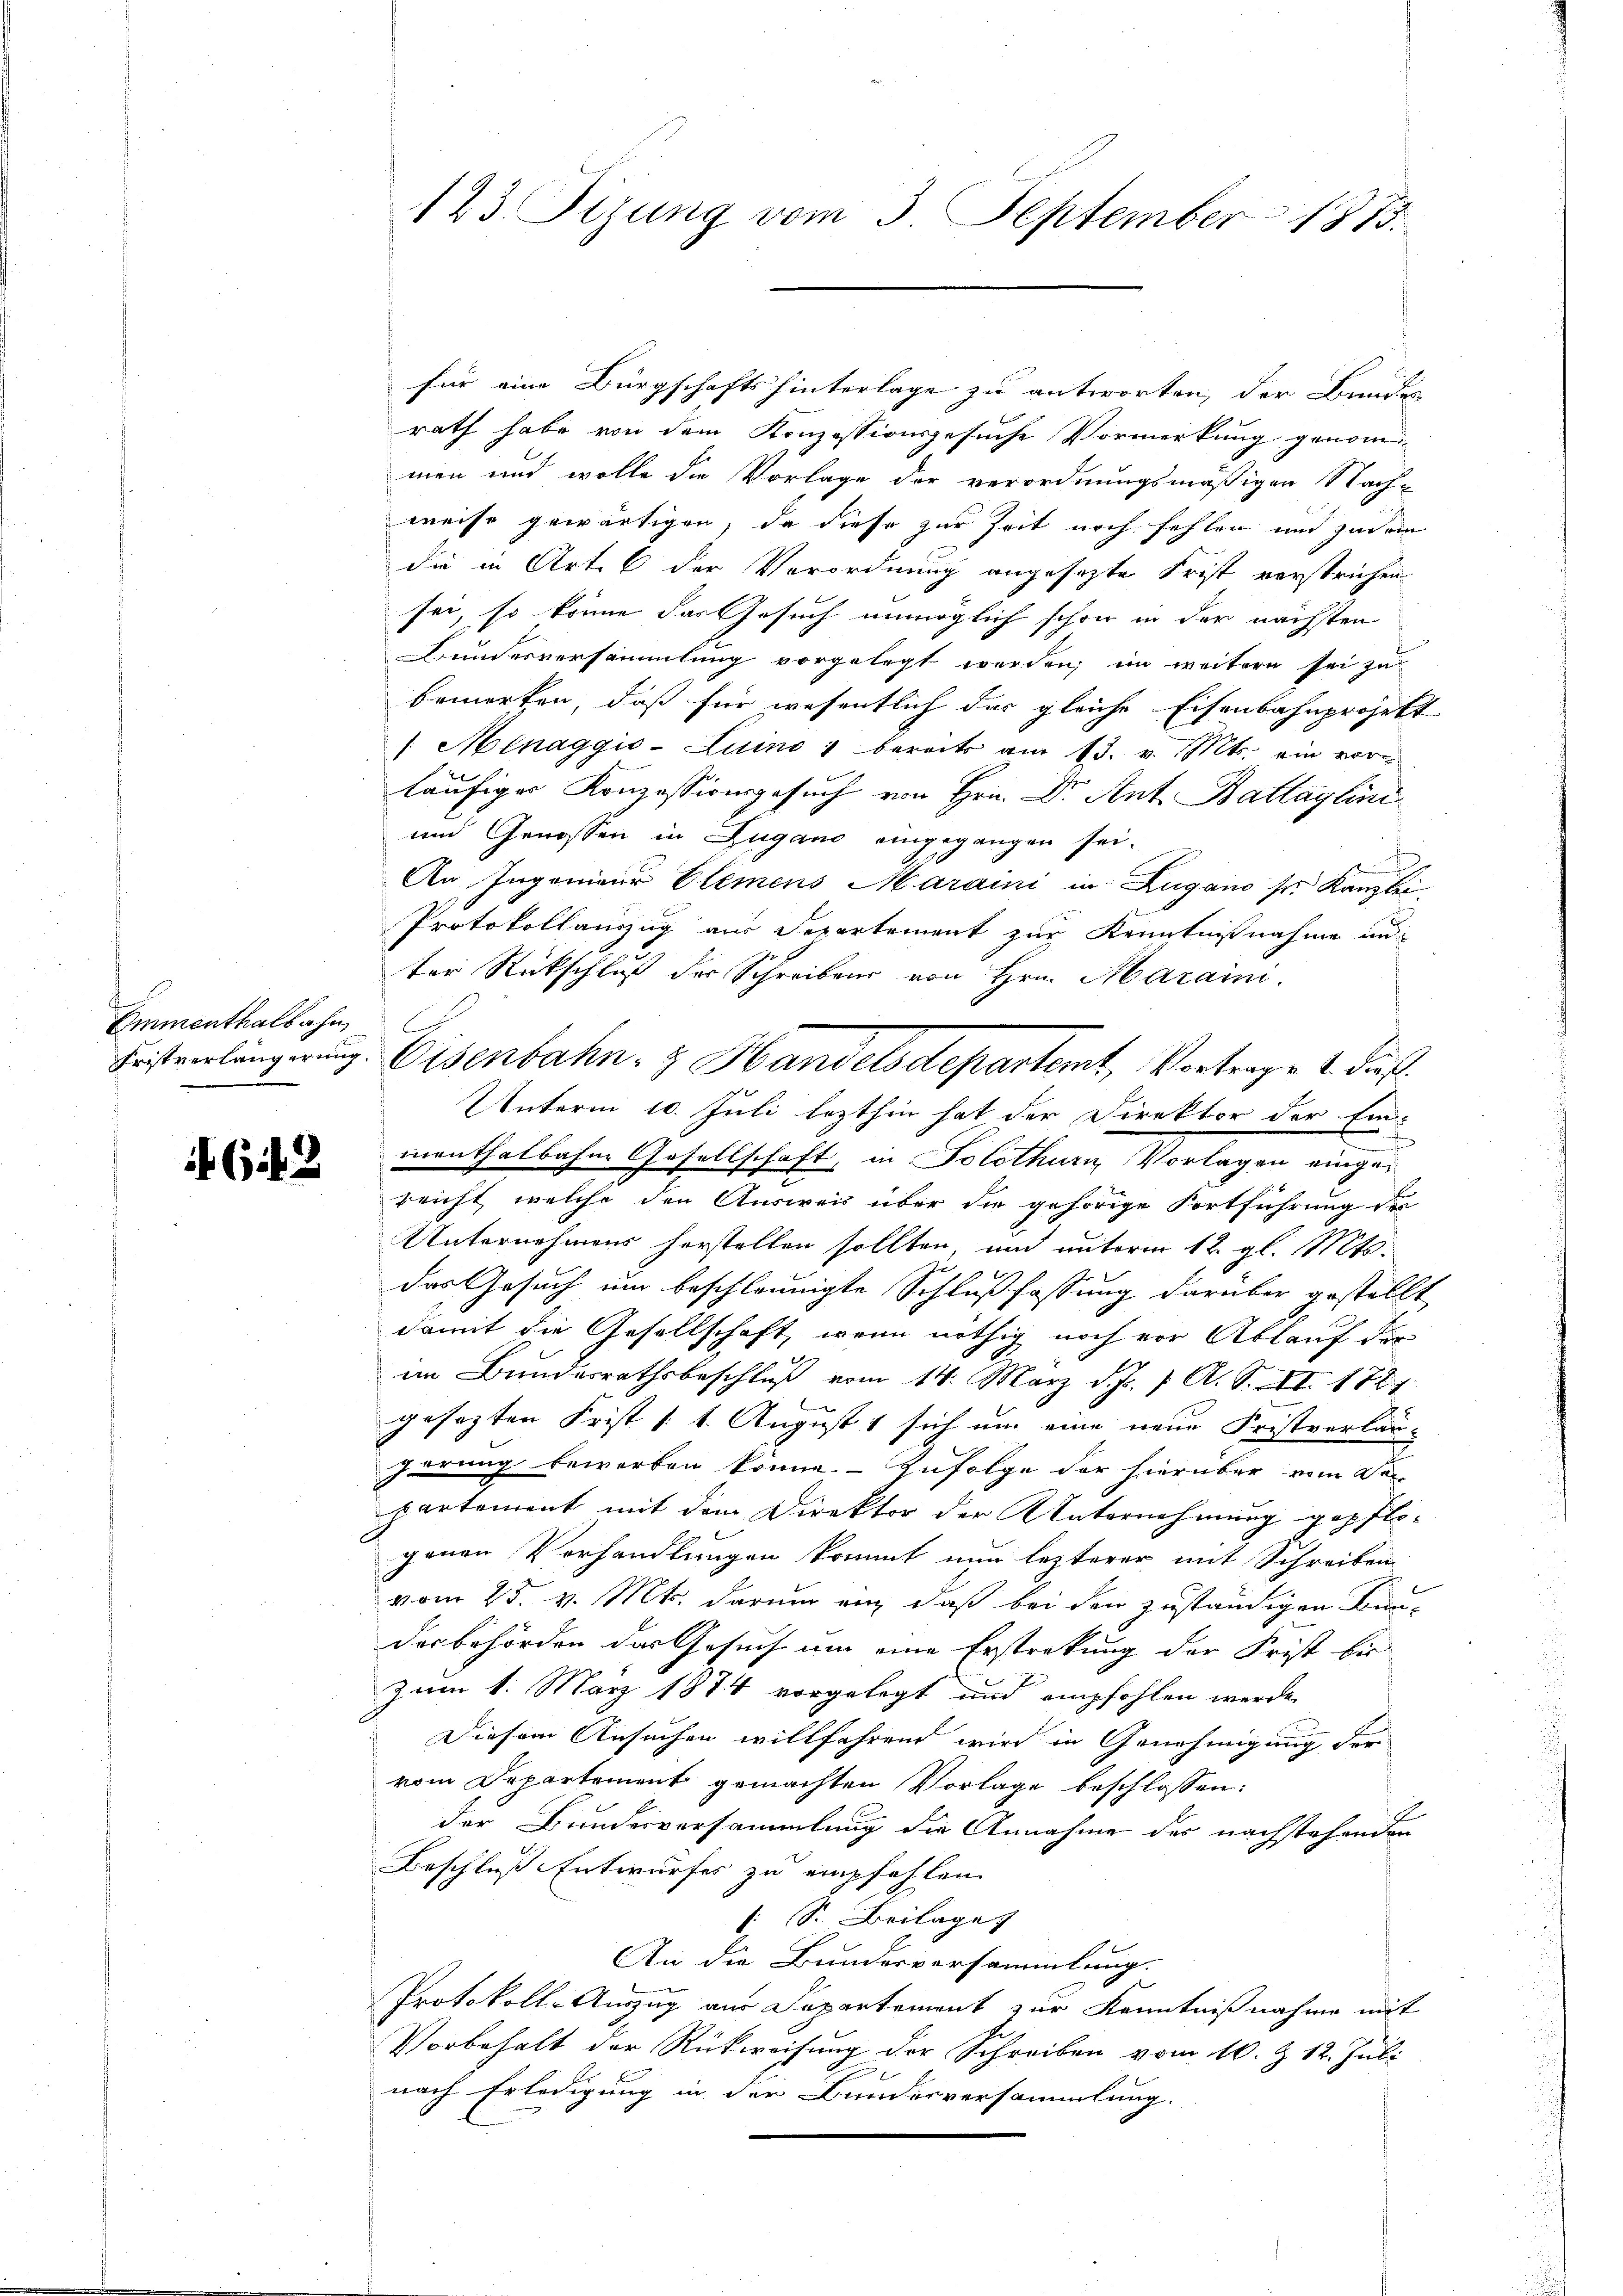
Emmenthalbahn,
Fristverlängerung

if. 613

123. Sizung vom 3. September 1873.

rath habe von dem Konzessionsgesuche Vormerkung genommen und wolle die Vorlage der verordnungsmäßigen Nach-
weise gewärtigen, da diese zur Zeit noch fehlen und jedem
die in Art. 6 der Verordnung angesezte Frist verstrichen
sei, so könne das Gesuch unmöglich schon in der nächsten
Bundesversammlung vorgelegt werden; im weitern sei zu
bemerken, daß für wesentlich das gleiche Eisenbahnprojekt
/ Menaggio-Luino bereits am 13. v. Mts. ein vorläufiger Konzessionsgesuch von Hrn. Dr. Ant. Ballaglini
und Genossen in Zugano eingegangen sei.
An Ingenieur Elemens Maraini in Lugano sr. Kanzlei
Protokollanzzug aus Departement zur Kenntnißnahme un
ter Rückschluß der Schreibens von Hrn. Marain.
Unterm 10. Juli lezthin hat der Direktor der Ein-
menthalbahne Gesellschaft, in Solothurn, Vorlagen eingereicht, welche den Ausweis über die gehörige Fortführung der
Unternehmens herstellen sollten, und unterm 12. gl. Mts.
das Gesuch und beschleunigte Schlußfassung darüber gestellt
damit die Gesellschaft, wenn nöthig noch vor Ablauf der
im Bundesrathsbeschlŭβ vom 14. März d. Js. f. A. S. II. 1721.
gesezten Frist /: 1. August sich um eine neue Fristverlan-
hörung beworben könne. Zufolge der hierüber von der
partement mit dem Direktor der Unternehmung gepflogenen Vorhandlungen kommt nun lezterer mit Schreiben
vom 25. v. Mts. darum ein, daß bei den zuständigen Bundesbehörden das Gesuch um eine Erstrakung der Frist bis
Zum 1. März 1874 vorgelegt und empfohlen werde.
Diesem Ansuchen willfahrend wird in Genehmigung der
vom Departement gemachten Vorlage beschlossen:
der Bundesversammlung die Annahme der nachstehenden
Beschluß Entwurfes zu empfehlen. |
1 S. Beilage
An die Bundesversammlung.
Protokoll-Auszug aus Departement zur Kenntnißnahme mit
Vorbehalt der Rückweisung der Schreiben vom 10. Z. 12. Juli
nach Erledigung in der Bundesversammlung.

für eine Bürgschafts hinterlage zu antworten, der Bundes

Eisenbahn- & Handelsdepartamt, Vortrage 1. daß